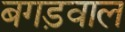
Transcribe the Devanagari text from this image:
बगड़वाल